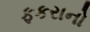
ફકરાનો